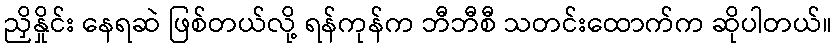
ညှိနှိုင်း နေရဆဲ ဖြစ်တယ်လို့ ရန်ကုန်က ဘီဘီစီ သတင်းထောက်က ဆိုပါတယ်။